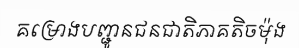
គម្រោងបញ្ជូនជនជាតិភាគតិចម៉ុង